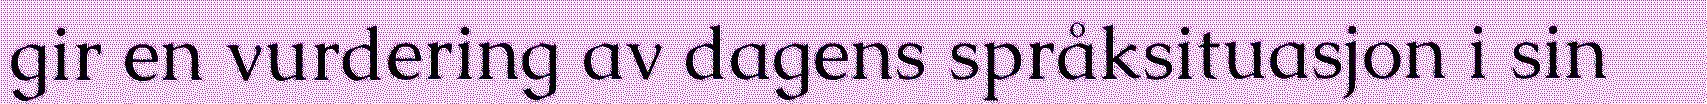
gir en vurdering av dagens språksituasjon i sin